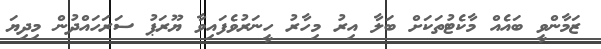
ޒަމާންވީ ބައެއް މާކެޓުތަކަށް ބަލާ އިރު މިހާރު ހީނަރުވެފައިވާ ޔޫރަޕު ސަރަހައްދުން މިދިޔަ